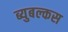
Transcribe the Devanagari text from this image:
ब्युबल्कस